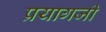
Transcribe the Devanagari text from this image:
प्रयागजी